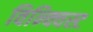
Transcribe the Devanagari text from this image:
विन्क्विस्ट